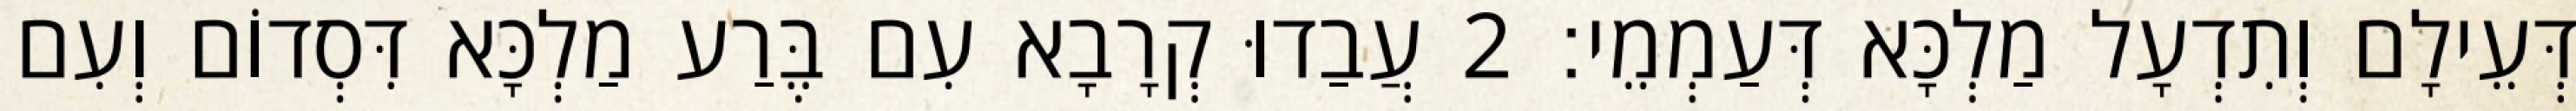
דְּעֵילָם וְתִדְעָל מַלְכָּא דְּעַמְמֵי׃ 2 עֲבַדוּ קְרָבָא עִם בֶּרַע מַלְכָּא דִּסְדוֹם וְעִם